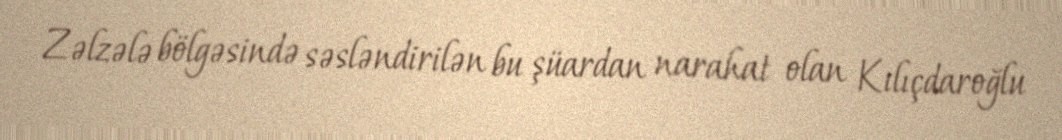
Zəlzələ bölgəsində səsləndirilən bu şüardan narahat olan Kılıçdaroğlu